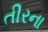
તીરના